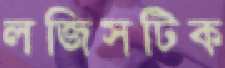
লজিসটিক